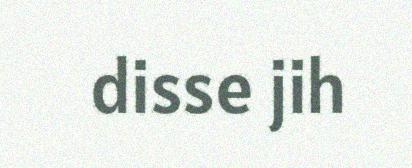
disse jih